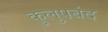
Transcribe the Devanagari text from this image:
कुलुपबंद